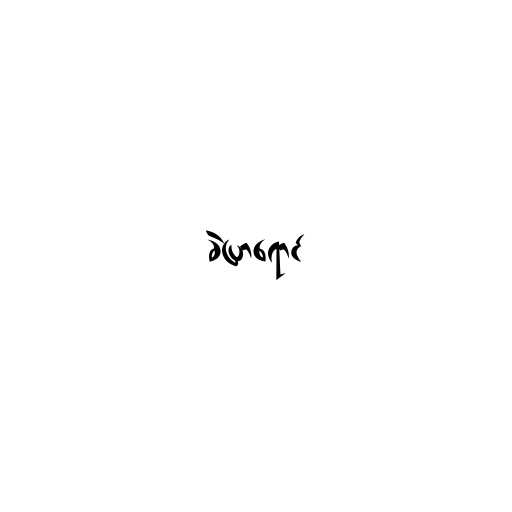
ခဲပြာရောင်